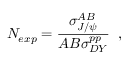
{ \cal N } _ { e x p } = { \frac { \sigma _ { J / \psi } ^ { A B } } { A B \sigma _ { D Y } ^ { p p } } } \; \; ,